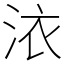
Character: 㳖